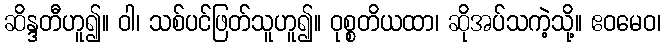
ဆိန္ဒတီဟူ၍။ ဝါ၊ သစ်ပင်ဖြတ်သူဟူ၍။ ဝုစ္စတိယထာ၊ ဆိုအပ်သကဲ့သို့။ ဧဝမေဝ၊